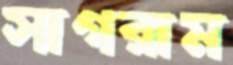
সাগরাম